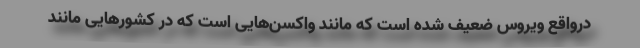
درواقع ویروس ضعیف شده است که مانند واکسن‌هایی است که در کشورهایی مانند